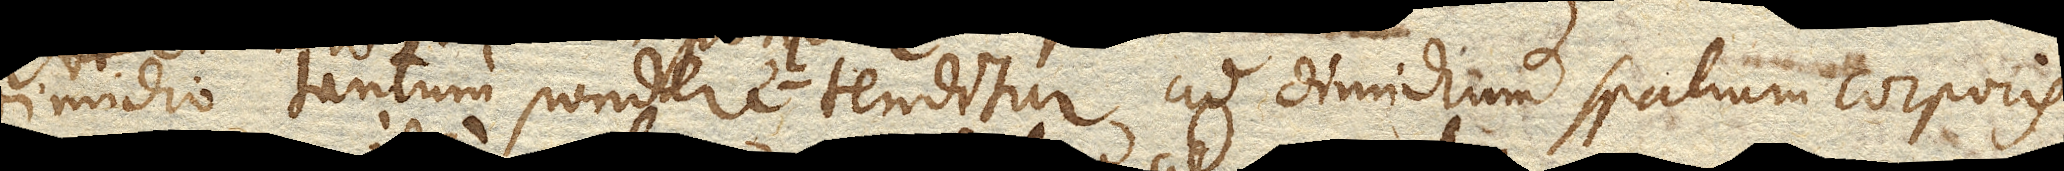
dimidio tantum podere l tenditur ad dimidium spatium corporis